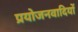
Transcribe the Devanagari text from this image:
प्रयोजनवादियों